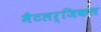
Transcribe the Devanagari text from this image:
मैटलर्जिकल